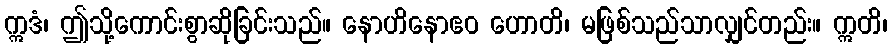
ဣဒံ၊ ဤသို့ကောင်းစွာဆိုခြင်းသည်။ နောဟိနောဧဝ ဟောတိ၊ မဖြစ်သည်သာလျှင်တည်း။ ဣတိ၊